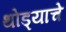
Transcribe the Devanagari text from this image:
थोड्याचे